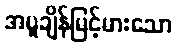
အပူချိန်မြင့်မားသော